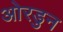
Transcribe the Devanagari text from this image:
ओरडुन